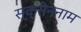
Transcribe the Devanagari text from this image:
स्क्रीननाम